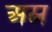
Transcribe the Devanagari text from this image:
अश्त्र